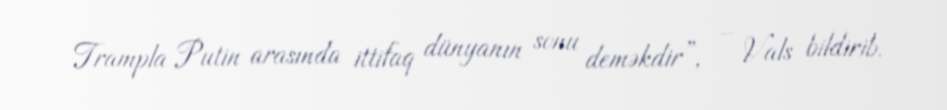
Trampla Putin arasında ittifaq dünyanın sonu deməkdir”, – Vals bildirib.